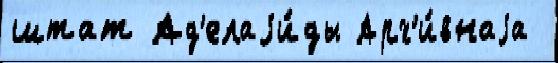
штат Ад'елаjи́ды Арх'и́внаjа